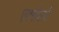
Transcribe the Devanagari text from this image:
एक्सेलो